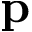
\mathbf { p }